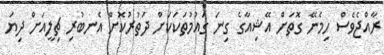
ރާއްޖެވެސް ހިމެނޭ ގޮތަށް އޭޝިއާގެ ގިނަ ގައުމުތަކަކަށް ދަތުރުކޮށް އެނބުރި ޗިލީއަށް ދިޔަ